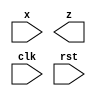
module seqdet (
    x,z,clk,rst
);
input x,clk,rst;
output z;
reg [2:0] state;
wire z;
parameter A =3'b001 ;
parameter B =3'b010 ;
parameter C = 3'b011;
parameter D = 3'b100;
parameter E = 3'b101;
parameter F = 3'b110;
parameter G = 3'b111;
endmodule